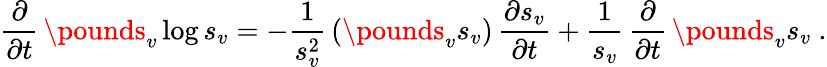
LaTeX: \frac\partial{\partial t}\, \pounds_{v}\log s_{v}=-\frac 1{s_{v}^{2}}\, (\pounds_{v}s_{v})\, \frac{\partial s_{v}}{\partial t}+\frac{1}{s_{v}}\, \frac\partial{\partial t}\, \pounds_{v}s_{v}\ .